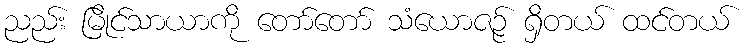
ညည်း မြိုင်သာယာကို တော်တော် သံယောဇဉ် ရှိတယ် ထင်တယ်